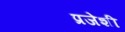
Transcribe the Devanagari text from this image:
प्रजेशी